Report on the working of the Ranchi Indian Mental Hospital, Kanke, in Bihar and Orissa - 1930-1940
Year: 1930
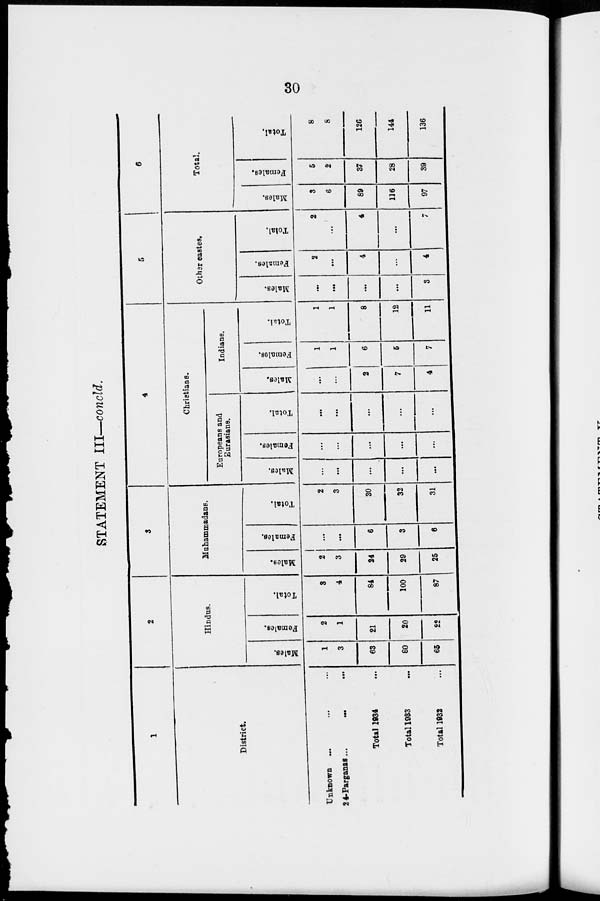
30
STATEMENT III—concld.
1
District.
Unknown
...
...
...
24-Parganas ... ... ...
Total 1934 ...
Total 1933 ...
Total 1932 ...
2
Hindus.
Males.
1
3
63
80
65
Females.
2
1
21
20
22
Total.
3
4
84
100
87
3
Muhammadans.
Males.
2
3
24
29
25
Females.
...
...
6
3
6
Total.
2
3
30
32
31
4
Christians.
Europeans and
Eurasians.
Mules.
...
...
...
...
...
Females.
...
...
...
...
...
Total.
...
...
...
...
...
Indians.
Males.
...
...
2
7
4
Females.
1
1
6
5
7
Total.
1
1
8
12
11
5
Other castes.
Males.
...
...
...
...
3
Females.
2
...
4
...
4
Total.
2
...
4
...
7
6
Total.
Males.
3
6
89
116
97
Females.
5
2
37
28
39
Total.
8
8
126
144
136